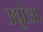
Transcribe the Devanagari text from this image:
उद्योुआ